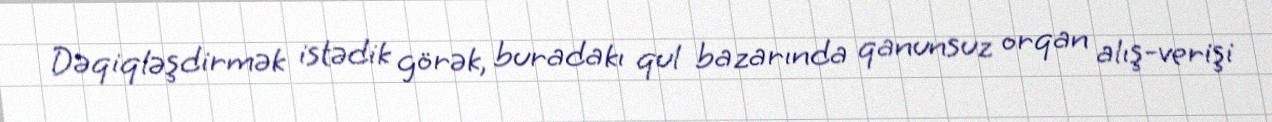
Dəqiqləşdirmək istədik görək, buradakı qul bazarında qanunsuz orqan alış-verişi